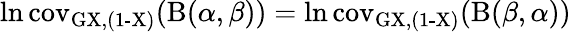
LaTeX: \ln\operatorname{cov_{GX,(1-X)}}(\mathrm{B}(\alpha,\beta))=\ln\operatorname{cov_{GX,(1-X)}}(\mathrm{B}(\beta,\alpha))